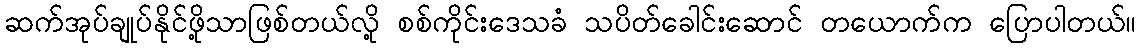
ဆက်အုပ်ချုပ်နိုင်ဖို့သာဖြစ်တယ်လို့ စစ်ကိုင်းဒေသခံ သပိတ်ခေါင်းဆောင် တယောက်က ပြောပါတယ်။